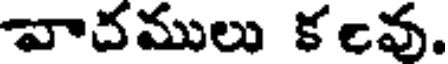
వాచములు కcవు.